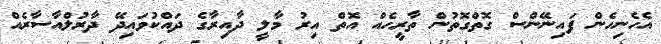
އެހެނިހެން ފައިނޭންސް ގޮތްގޮތުން ތާރީހެއް އޮތް އިރު މާލީ ދާއިރާގެ ދައްކުވައިދޭ ދާރުލްއާސާރެއް